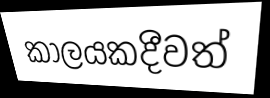
කාලයකදීවත්